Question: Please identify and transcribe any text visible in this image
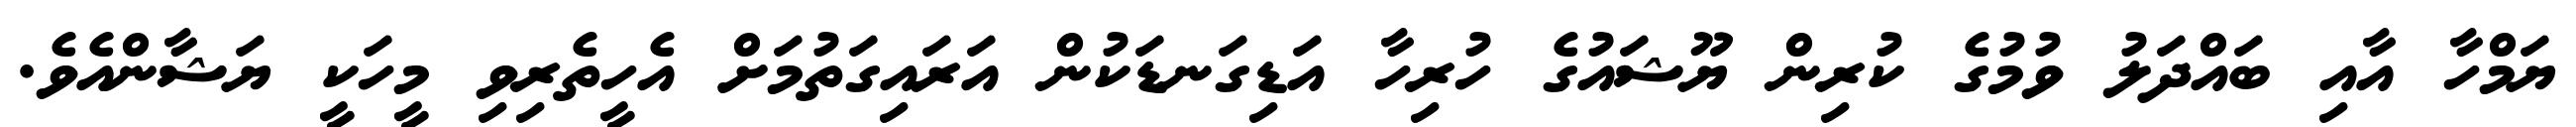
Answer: ޔަމްހާ އާއި ބައްދަލު ވުމުގެ ކުރިން ޔޫޝައުގެ ހުރިހާ އަޑިގަނޑަކުން އަރައިގަތުމަށް އެހީތެރިވި މީހަކީ ޔަޝާންއެވެ.